Civil Veterinary Department Bengal reports 1923-33 - 1923-1933
Year: 1923
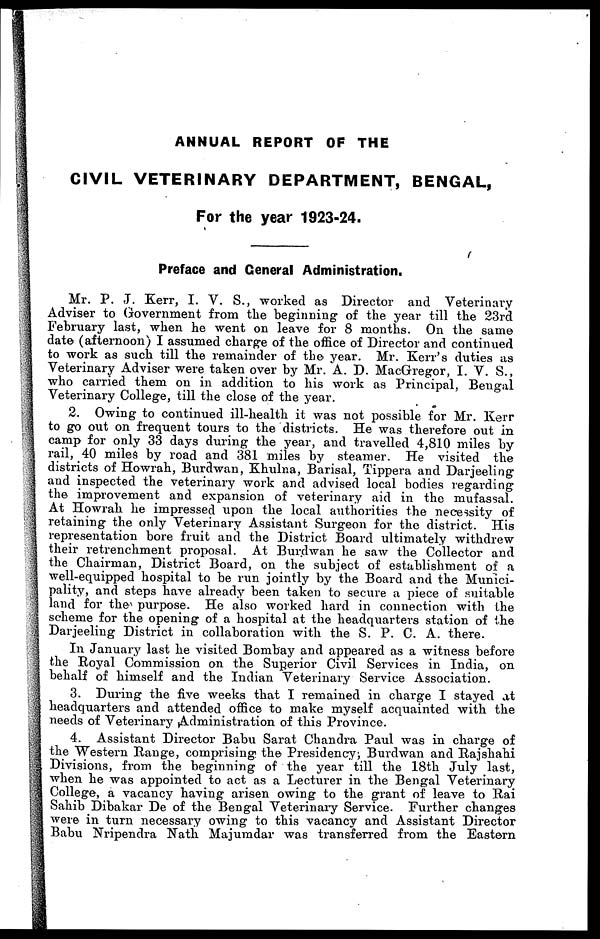
ANNUAL REPORT OF THE
CIVIL VETERINARY DEPARTMENT, BENGAL,
For the year 1923-24.
Preface and General Administration.
Mr. P. J. Kerr, I. V. S., worked as Director and Veterinary
Adviser to Government from the beginning of the year till the 23rd
February last, when he went on leave for 8 months. On the same
date (afternoon) I assumed charge of the office of Director and continued
to work as such till the remainder of the year. Mr. Kerr's duties as
Veterinary Adviser were taken over by Mr. A. D. MacGregor, I. V. S.,
who carried them on in addition to his work as Principal, Bengal
Veterinary College, till the close of the year.
2. Owing to continued ill-health it was not possible for Mr. Kerr
to go out on frequent tours to the districts. He was therefore out in
camp for only 33 days during the year, and travelled 4,810 miles by
rail, 40 miles by road and 381 miles by steamer. He visited the
districts of Howrah, Burdwan, Khulna, Barisal, Tippera and Darjeeling
and inspected the veterinary work and advised local bodies regarding
the improvement and expansion of veterinary aid in the mufassal.
At Howrah he impressed upon the local authorities the necessity of
retaining the only Veterinary Assistant Surgeon for the district. His
representation bore fruit and the District Board ultimately withdrew
their retrenchment proposal. At Burdwan he saw the Collector and
the Chairman, District Board, on the subject of establishment of a
well-equipped hospital to be run jointly by the Board and the Munici-
pality, and steps have already been taken to secure a piece of suitable
land for the purpose. He also worked hard in connection with the
scheme for the opening of a hospital at the headquarters station of the
Darjeeling District in collaboration with the S. P. C. A. there.
In January last he visited Bombay and appeared as a witness before
the Royal Commission on the Superior Civil Services in India, on
behalf of himself and the Indian Veterinary Service Association.
3. During the five weeks that I remained in charge I stayed at
headquarters and attended office to make myself acquainted with the
needs of Veterinary Administration of this Province.
4. Assistant Director Babu Sarat Chandra Paul was in charge of
the Western Range, comprising the Presidency; Burdwan and Rajshahi
Divisions, from the beginning of the year till the 18th July last,
when he was appointed to act as a Lecturer in the Bengal Veterinary
College, a vacancy having arisen owing to the grant of leave to Rai
Sahib Dibakar De of the Bengal Veterinary Service. Further changes
were in turn necessary owing to this vacancy and Assistant Director
Babu Nripendra Nath Majumdar was transferred from the Eastern